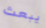
يبعث